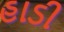
હાડી